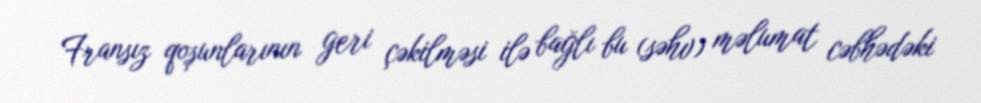
Fransız qoşunlarının geri çəkilməsi ilə bağlı bu (səhv) məlumat cəbhədəki